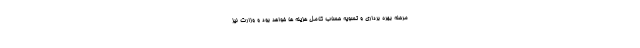
مرحله بهره برداری و تسویه حساب کامل هزینه ها خواهد بود و وزارت نیز